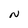
Character: N